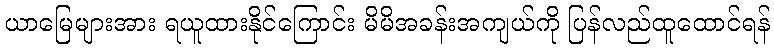
ယာမြေများအား ရယူထားနိုင်ကြောင်း မိမိအခန်းအကျယ်ကို ပြန်လည်ထူထောင်ရန်